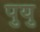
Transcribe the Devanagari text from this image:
पुयु